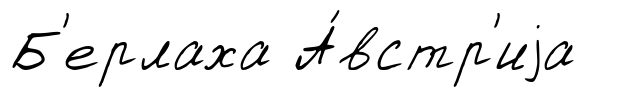
Б'ерлаха А́встр'иjа